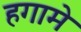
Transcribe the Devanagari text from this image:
हगामे